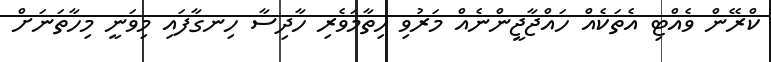
ކްރޭން ވެއްޓި އެތަކެއް ހައްޖާޖީންނެއް މަރުވި ހިތާމަވެރި ހާދިސާ ހިނގާފައި މިވަނީ މިހާތަނަށް